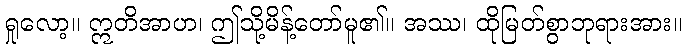
ရှုလော့။ ဣတိအာဟ၊ ဤသို့မိန့်တော်မူ၏။ အဿ၊ ထိုမြတ်စွာဘုရားအား။